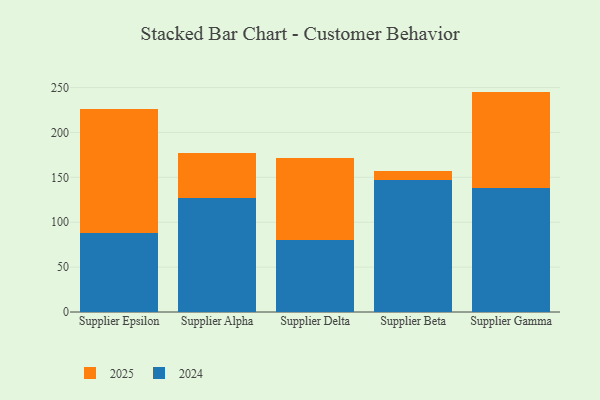
{"axis": {"x": "Supplier", "y": "Population (Million)"}, "legend": ["2024", "2025"], "data": [{"x": "Supplier Epsilon", "y": 87.5, "type": "2024"}, {"x": "Supplier Epsilon", "y": 138.5, "type": "2025"}, {"x": "Supplier Alpha", "y": 127.3, "type": "2024"}, {"x": "Supplier Alpha", "y": 50.1, "type": "2025"}, {"x": "Supplier Delta", "y": 80.1, "type": "2024"}, {"x": "Supplier Delta", "y": 91.1, "type": "2025"}, {"x": "Supplier Beta", "y": 147.2, "type": "2024"}, {"x": "Supplier Beta", "y": 10.1, "type": "2025"}, {"x": "Supplier Gamma", "y": 138.1, "type": "2024"}, {"x": "Supplier Gamma", "y": 107.4, "type": "2025"}]}